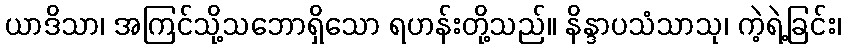
ယာဒိသာ၊ အကြင်သို့သဘောရှိသော ရဟန်းတို့သည်။ နိန္ဒာပသံသာသု၊ ကဲ့ရဲ့ခြင်း၊